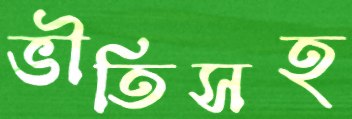
ভীতিসহ